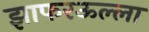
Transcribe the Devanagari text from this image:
झाफरऊल्ला